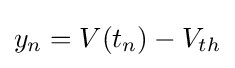
y_{n}=V(t_{n})-V_{th}